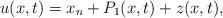
LaTeX: \begin{align*}u(x,t) = x_n + P_1(x,t) + z(x,t),\end{align*}